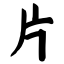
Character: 片